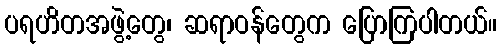
ပရဟိတအဖွဲ့တွေ၊ ဆရာဝန်တွေက ပြောကြပါတယ်။